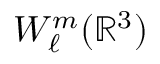
W _ { \ell } ^ { m } ( { \mathbb R } ^ { 3 } )